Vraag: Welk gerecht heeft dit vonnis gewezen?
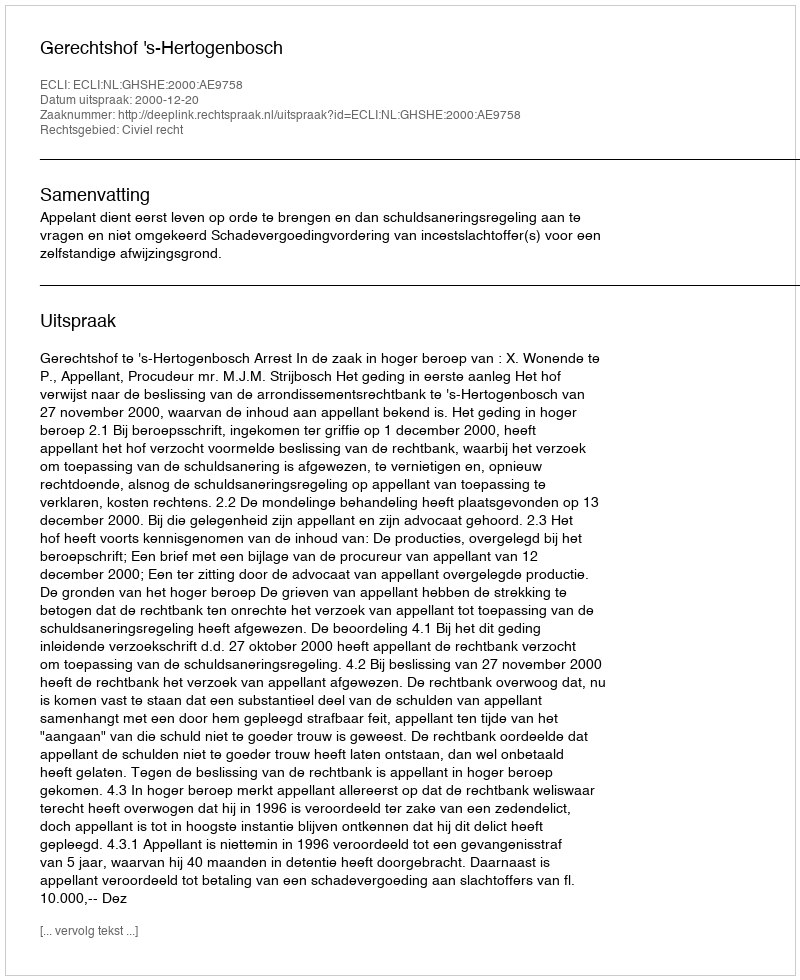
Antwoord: Gerechtshof 's-Hertogenbosch